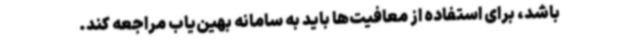
باشد، برای استفاده از معافیت‌ها باید به سامانه بهین‌یاب مراجعه کند.